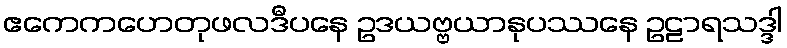
ဧကေကဟေတုဖလဒီပနေ ဥဒယဗ္ဗယာနုပဿနေ ဥဠာရသဒ္ဒါ